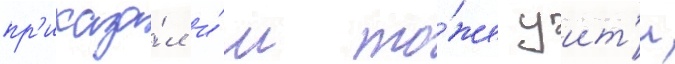
пр'иказа́л и́м то́же уит'и